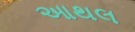
આથલ